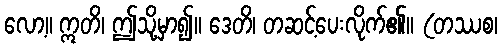
လော့။ ဣတိ၊ ဤသို့မှာ၍။ ဒေတိ၊ တဆင့်ပေးလိုက်၏။ (တဿစ၊